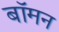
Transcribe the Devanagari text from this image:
बॉमन